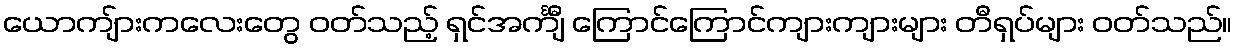
ယောကျ်ားကလေးတွေ ဝတ်သည့် ရှင်အင်္ကျီ ကြောင်ကြောင်ကျားကျားများ တီရှပ်များ ဝတ်သည်။